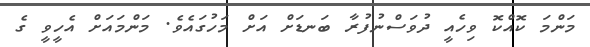
މަންމަ ކޮއްކޮ ވިހެއީ ދުވަސްނުފުރާ ބަނޑަށް އަށް މަހުގައެވެ. މަންމައަށް އެހީވީ ގެ